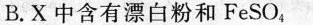
B.X 中含有漂白粉和FeSO_{4}